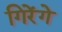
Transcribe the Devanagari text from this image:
गिरेंगे